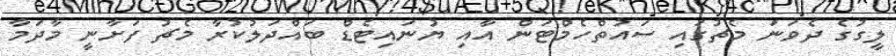
ލީގުގެ ދެވަނަ މެޗުގައި ސައުތްހެމްޓަން އާއި ޔުނައިޓެޑް ބައްދަލުކުރާ މެޗު ފަށާނީ މާދަމާ